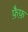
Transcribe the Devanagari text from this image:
फ़ैफ़